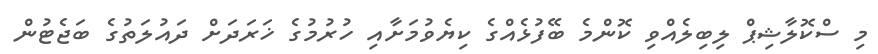
މި ސްކޮލާޝިޕް ލިބިލެއްވި ކޮންމެ ބޭފުޅެއްގެ ކިޔެވުމަށާއި ހުރުމުގެ ޚަރަދަށް ދައުލަތުގެ ބަޖެޓުން